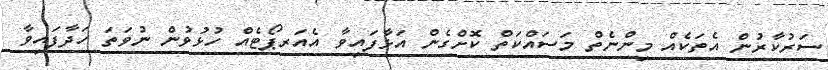
ސަރުކާރުން އެތަކެއް މިންނެތް މަސައްކަތް ކޮށްގެން އަޅާފައިވާ އެއަރޕޯޓެއް ހުޅުވުން ނުވަތަ ހަދާފައިވާ